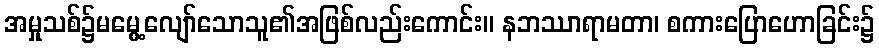
အမှုသစ်၌မမွေ့လျော်သောသူ၏အဖြစ်လည်းကောင်း။ နဘဿာရာမတာ၊ စကားပြောဟောခြင်း၌